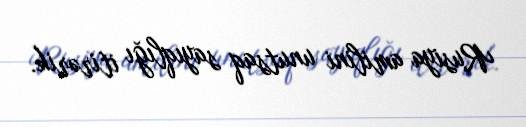
Rusiya amilini unutsaq sayıqlığı itirərik.